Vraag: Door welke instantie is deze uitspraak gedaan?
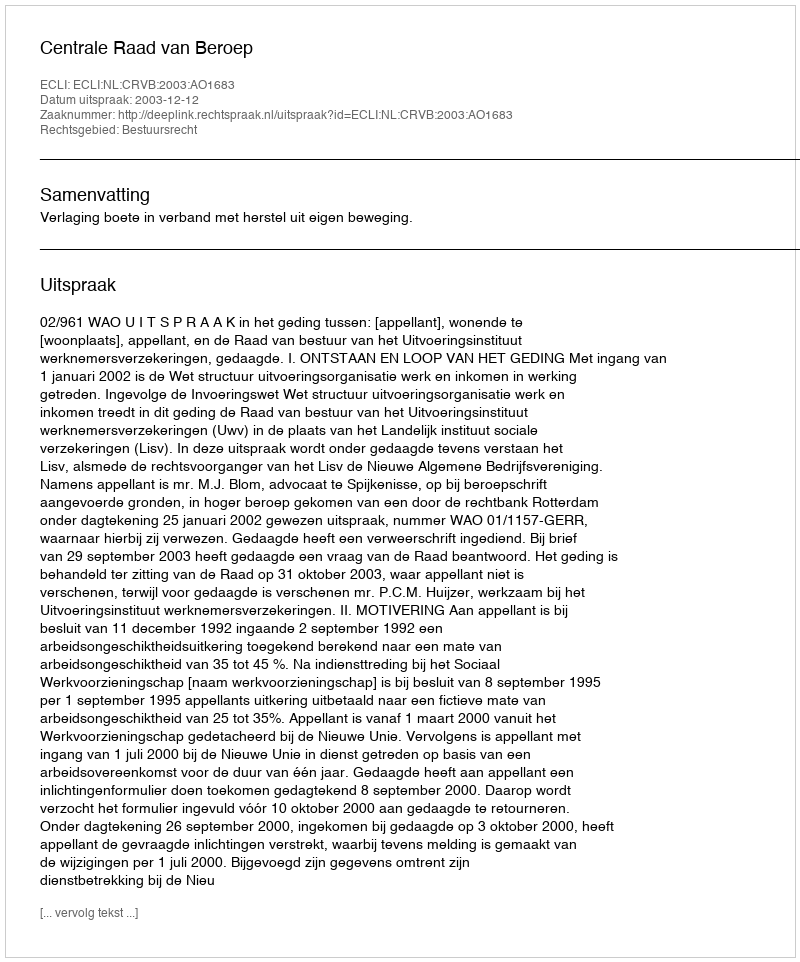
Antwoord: Centrale Raad van Beroep